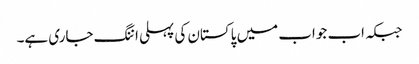
جبکہ اب جواب میں پاکستان کی پہلی اننگ جاری ہے۔